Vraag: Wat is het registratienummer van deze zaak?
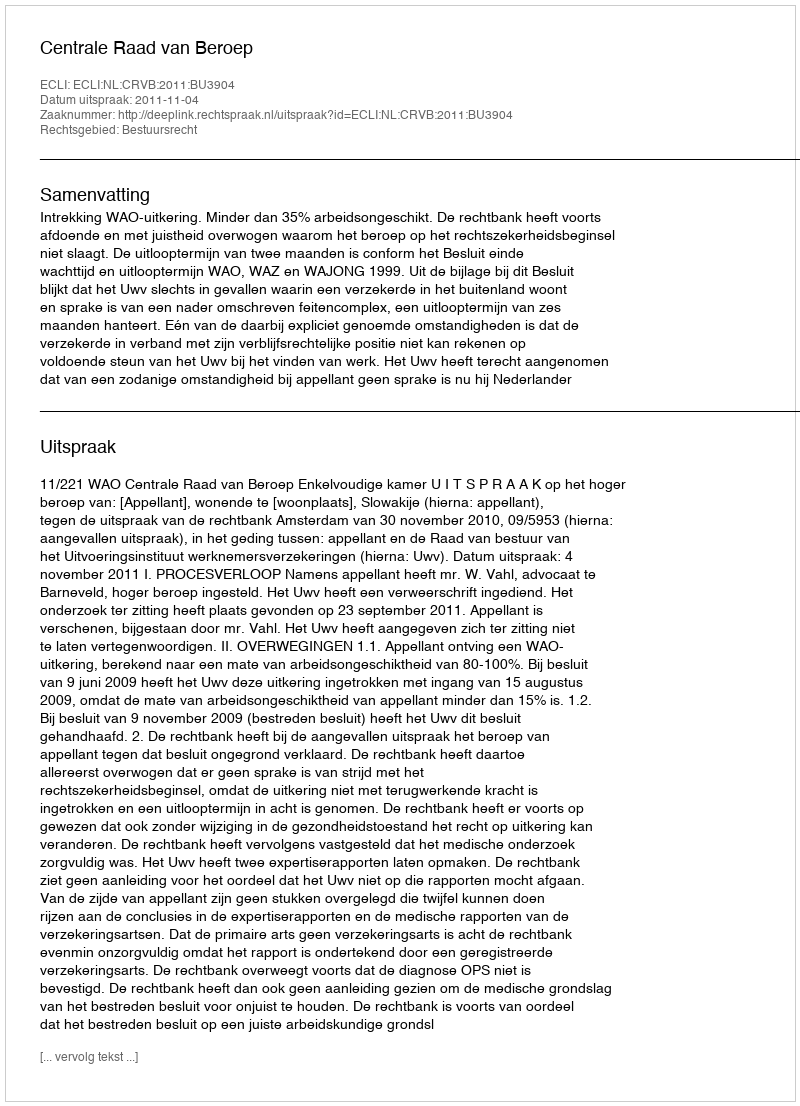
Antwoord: http://deeplink.rechtspraak.nl/uitspraak?id=ECLI:NL:CRVB:2011:BU3904